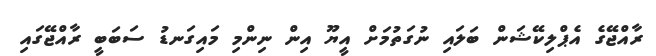
ރާއްޖޭގެ އެޕްލިކޭޝަން ބަލައި ނުގަތުމަށް އީޔޫ އިން ނިންމި މައިގަނޑު ސަބަބީ ރާއްޖޭގައި